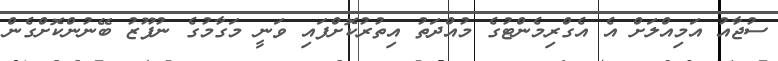
ސުޖާއު އަމިއްލަށް އެ އެގްރިމެންޓުގެ މުއްދަތު އިތުރުކޮށްފައި ވަނީ މަގާމުގެ ނުފޫޒު ބޭނުންކޮށްގެން